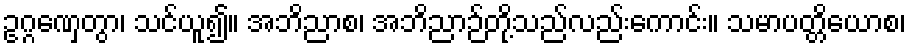
ဥဂ္ဂဏှေတွာ၊ သင်ယူ၍။ အဘိညာစ၊ အဘိညာဉ်တို့သည်လည်းကောင်း။ သမာပတ္တိယောစ၊